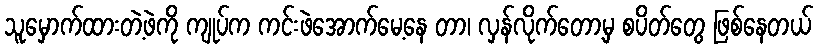
သူမှောက်ထားတဲ့ဖဲကို ကျုပ်က ကင်းဖဲအောက်မေ့နေ တာ၊ လှန်လိုက်တော့မှ စပိတ်တွေ ဖြစ်နေတယ်